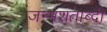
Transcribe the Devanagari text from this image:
जन्‍मशताब्‍दी